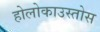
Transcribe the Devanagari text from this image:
होलोकाउस्तोस